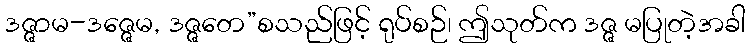
ဒဇ္ဇာမ-ဒဇ္ဇေမ, ဒဇ္ဇတေ”စသည်ဖြင့် ရုပ်စဉ်၊ ဤသုတ်က ဒဇ္ဇ မပြုတဲ့အခါ